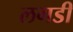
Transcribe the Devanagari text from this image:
लगडी